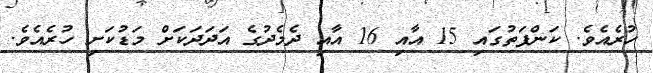
ހުރެއެވެ. ކަންފަތުގައި 15 އާއި 16 އާއި ދެމެދުގެ އަދަދަކަށް މަޑުކަށި ހުރެއެވެ.